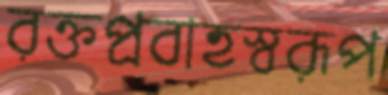
রক্তপ্রবাহস্বরূপ